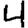
Digit: 4